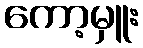
ကော့မှူး